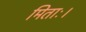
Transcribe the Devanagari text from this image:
मिताः।